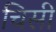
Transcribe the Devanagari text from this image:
चिसी